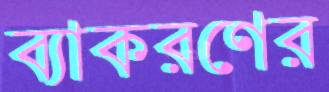
ব্যাকরণের